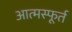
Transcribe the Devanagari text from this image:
आत्मस्फूर्त